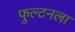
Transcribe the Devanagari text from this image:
फुल्टनला